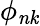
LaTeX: \phi_{\mathit{nk}}